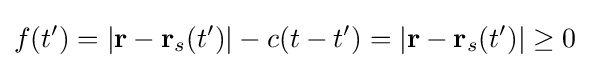
f(t')=|\mathbf {r} -\mathbf {r} _{s}(t')|-c(t-t')=|\mathbf {r} -\mathbf {r} _{s}(t')|\geq 0